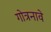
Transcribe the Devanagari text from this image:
गोत्रनावे